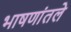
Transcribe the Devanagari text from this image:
भाषणांतले